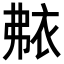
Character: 𬡐